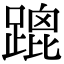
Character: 䠘